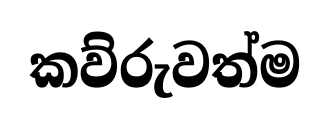
කව්රුවත්ම